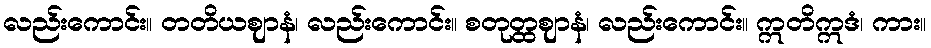
လည်းကောင်း။ တတိယဈာနံ၊ လည်းကောင်း။ စတုတ္ထဈာနံ၊ လည်းကောင်း။ ဣတိဣဒံ၊ ကား။